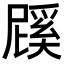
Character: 𭕱